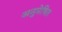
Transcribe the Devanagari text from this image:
अनुप्रेषित